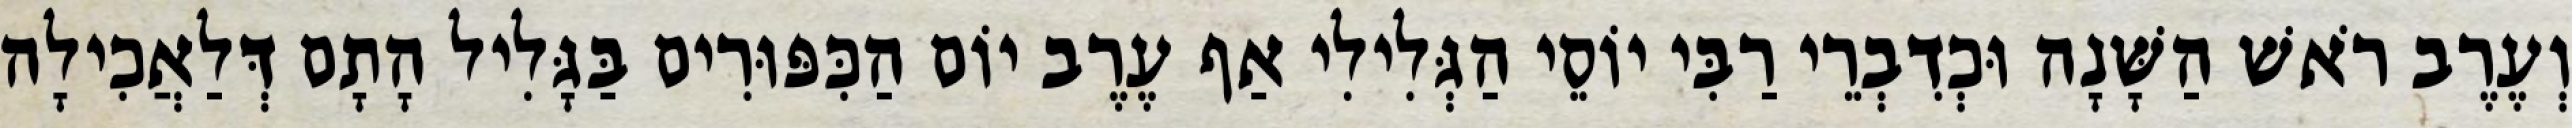
וְעֶרֶב רֹאשׁ הַשָּׁנָה וּכְדִבְרֵי רַבִּי יוֹסֵי הַגְּלִילִי אַף עֶרֶב יוֹם הַכִּפּוּרִים בַּגָּלִיל הָתָם דְּלַאֲכִילָה